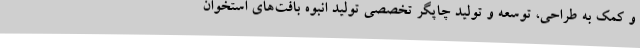
و کمک به طراحی، توسعه و تولید چاپگر تخصصی تولید انبوه بافت‌های استخوان